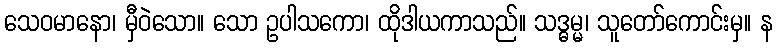
သေဝမာနော၊ မှီဝဲသော။ သော ဥပါသကော၊ ထိုဒါယကာသည်။ သဒ္ဓမ္မ၊ သူတော်ကောင်းမှ။ န